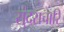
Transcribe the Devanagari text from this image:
सुंदराचारि